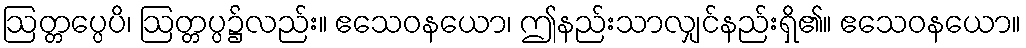
ဩတ္တပ္ပေပိ၊ ဩတ္တပ္ပ၌လည်း။ ဧသေဝနယော၊ ဤနည်းသာလျှင်နည်းရှိ၏။ ဧသေဝနယော။